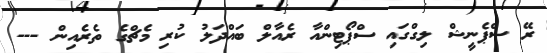
ރޭ ސްޕެނީޝް ލިގްގައި ސްޕޯޓިންއާ ރެއާލް ބައްދަލު ކުރި މެޗްގެ ތެރެއިން ---